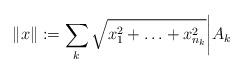
LaTeX: \begin{align*}\|x\|:=\sum_k \sqrt{x_1^2+\ldots+x_{n_k}^2}\bigg|A_k\end{align*}